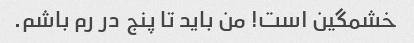
خشمگین است! من باید تا پنج در رم باشم.